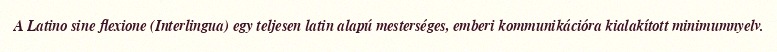
A Latino sine flexione (Interlingua) egy teljesen latin alapú mesterséges, emberi kommunikációra kialakított minimumnyelv.